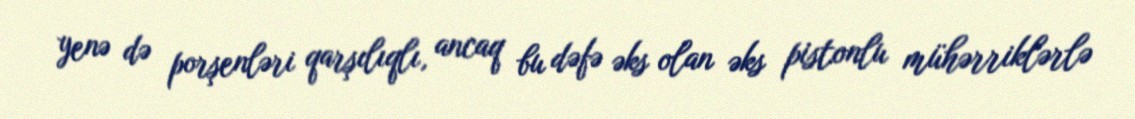
yenə də porşenləri qarşılıqlı, ancaq bu dəfə əks olan əks pistonlu mühərriklərlə